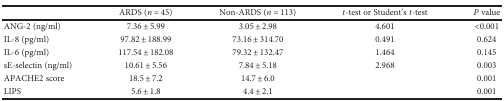
|  | ARDS (n = 45) | Non-ARDS (n = 113) | t-test or Student's t-test | P value |
 | --- | --- | --- | --- | --- |
 | ANG-2 (ng/ml) | 7.36 ± 5.99 | 3.05 ± 2.98 | 4.601 | <0.001 |
 | IL-8 (pg/ml) | 97.82 ± 188.99 | 73.16 ± 314.70 | 0.491 | 0.624 |
 | IL-6 (pg/ml) | 117.54 ± 182.08 | 79.32 ± 132.47 | 1.464 | 0.145 |
 | sE-selectin (ng/ml) | 10.61 ± 5.56 | 7.84 ± 5.18 | 2.968 | 0.003 |
 | APACHE2 score | 18.5 ± 7.2 | 14.7 ± 6.0 |  | 0.001 |
 | LIPS | 5.6 ± 1.8 | 4.4 ± 2.1 |  | 0.001 |